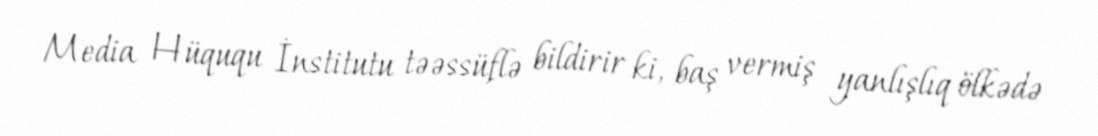
Media Hüququ İnstitutu təəssüflə bildirir ki, baş vermiş yanlışlıq ölkədə